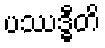
ပဿဒ္ဓီတိ